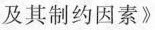
及其制约因素》